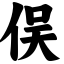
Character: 俣